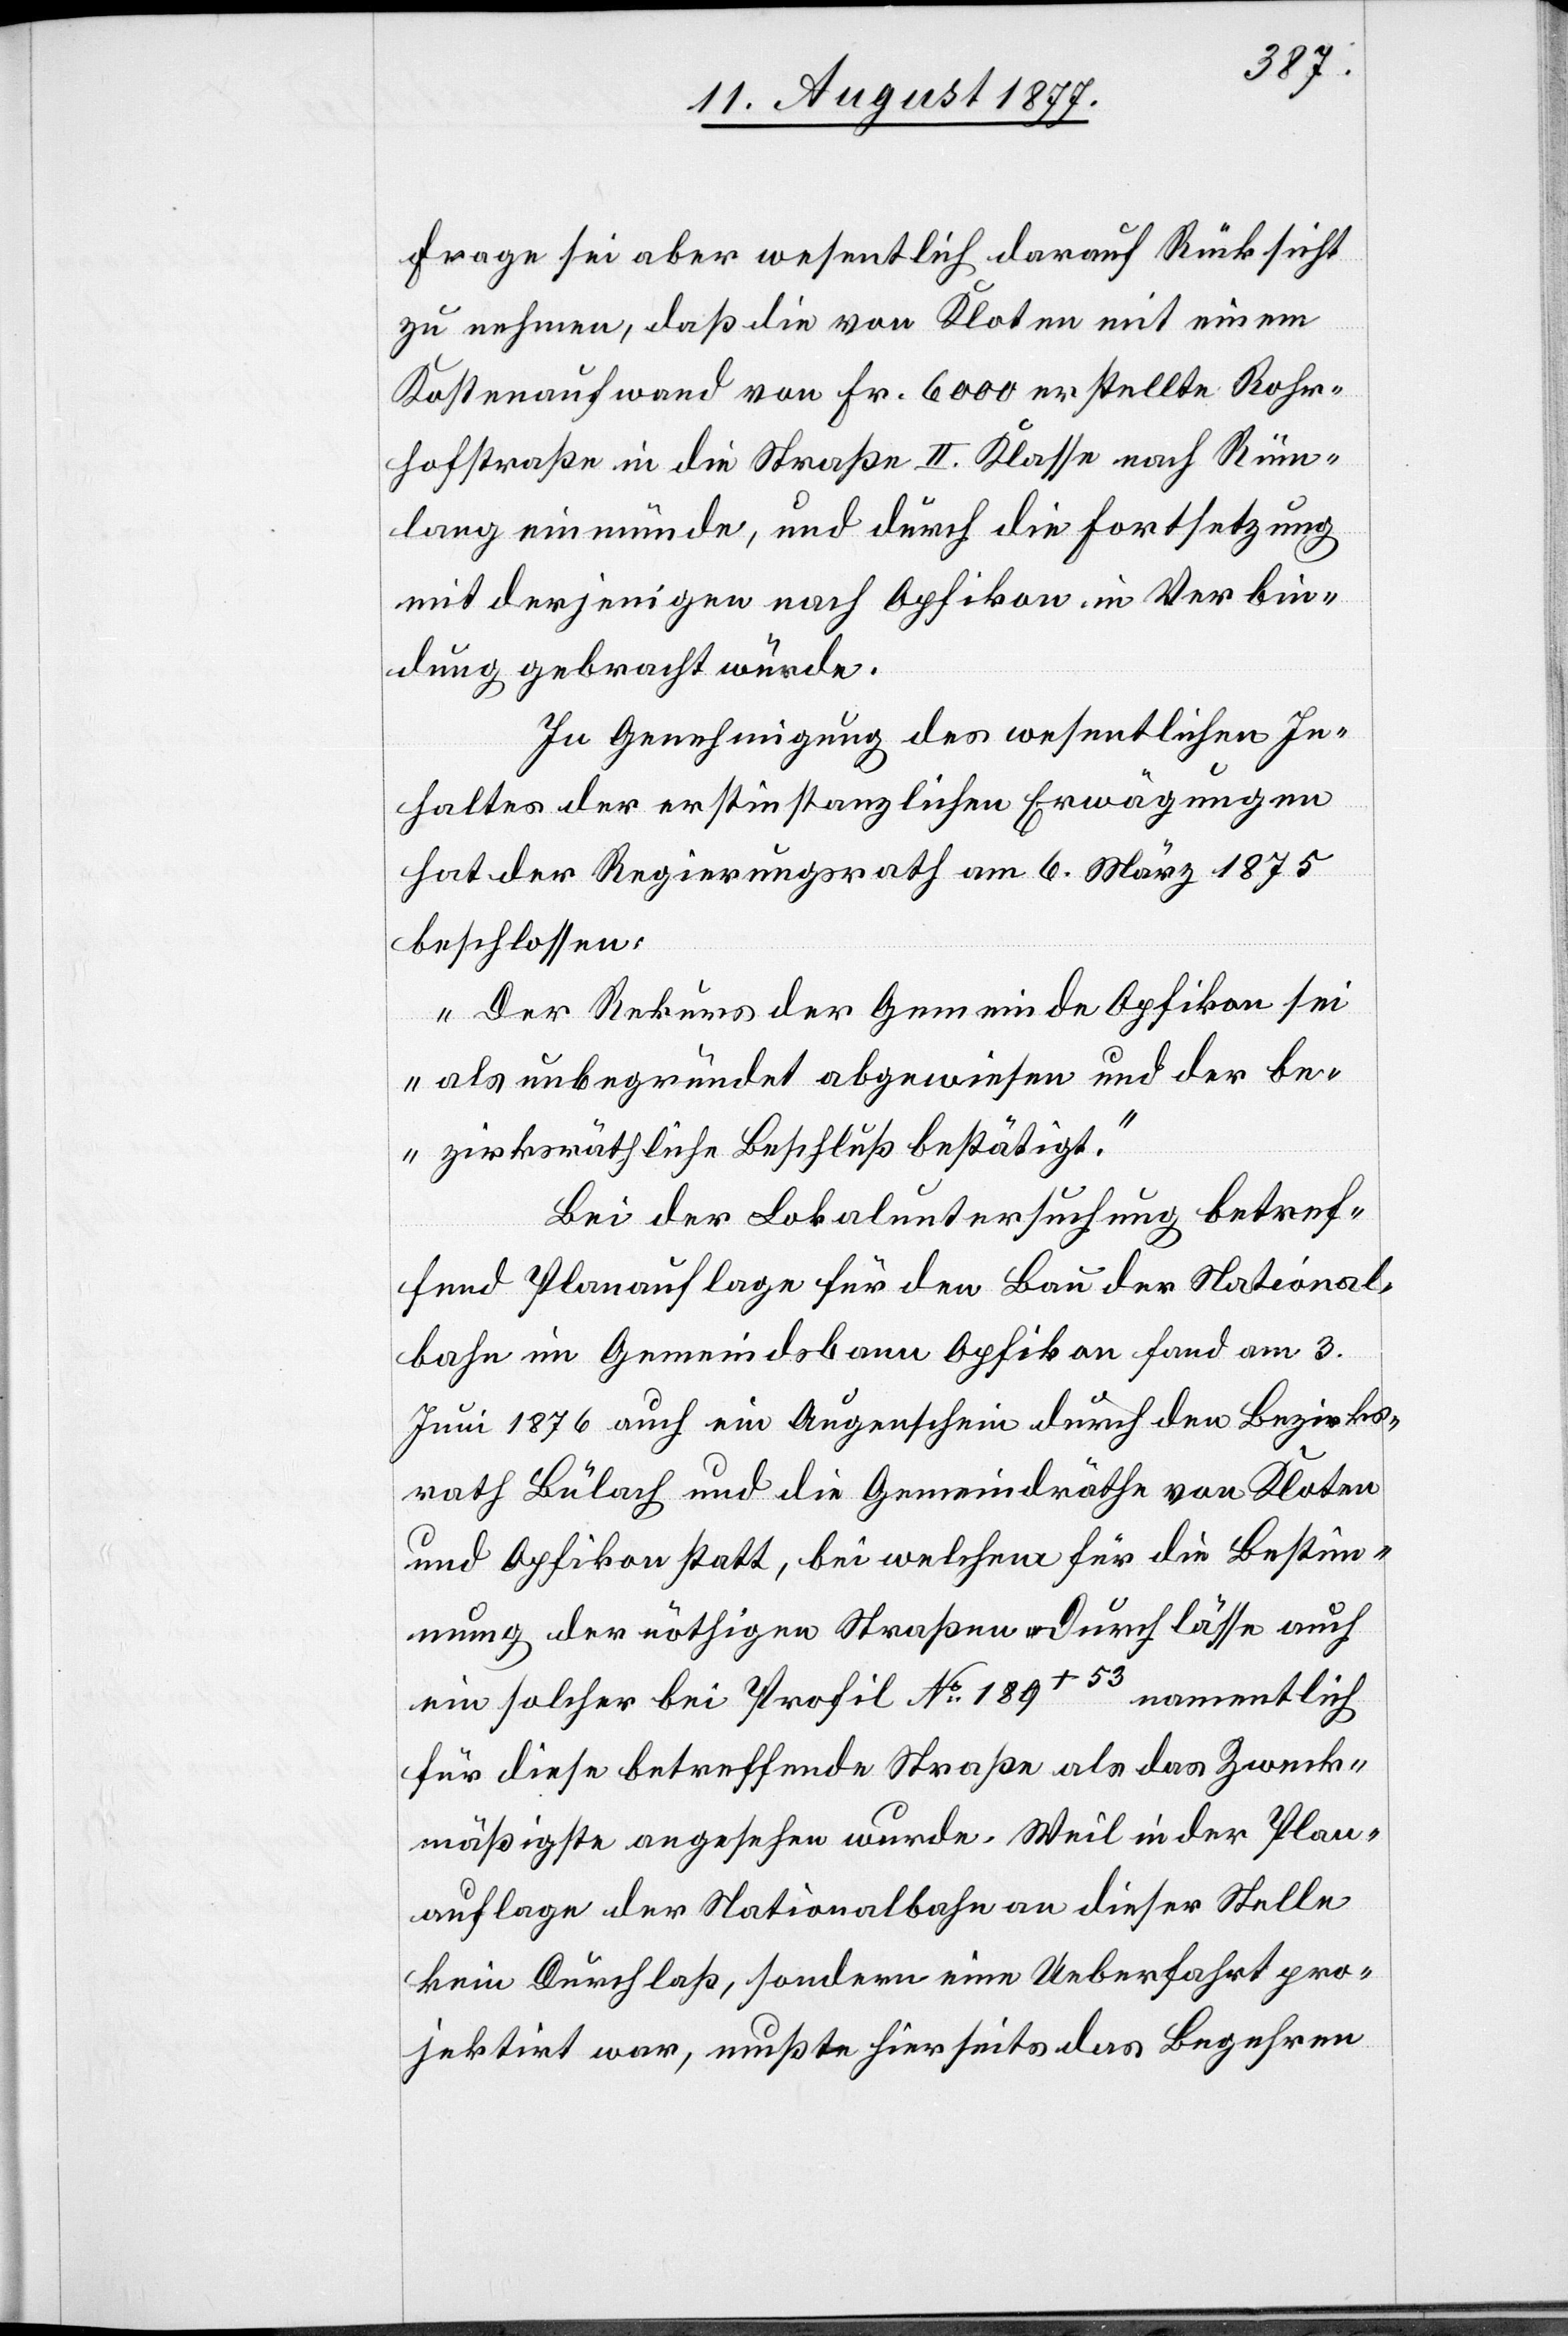
Frage sei aber wesentlich darauf Rücksicht
zu nehmen, daß die von Kloten mit einem
Kostenaufwand von Fr. 6000 erstellte Rohr¬
hofstraße in die Straße II. Klasse nach Rüm¬
lang einmünde, und durch die Fortsetzung
mit derjenigen nach Opfikon in Verbin¬
dung gebracht würde.
In Genehmigung des wesentlichen In¬
haltes der erstinstanzlichen Erwägungen
hat der Regierungsrath am 6. März 1875
beschlossen:
„Der Rekurs der Gemeinde Opfikon sei
als unbegründet abgewiesen und der be¬
zirksräthliche Beschluß bestätigt.“
Bei der Lokaluntersuchung betref¬
fend Planauflage für den Bau der National¬
bahn im Gemeindsbann Opfikon fand am 3.
Juni 1876 auch ein Augenschein durch den Bezirks¬
rath Bülach und die Gemeindräthe von Kloten
und Opfikon statt, bei welchem für die Bestimm¬
ung der nöthigen Straßen-Durchlässe auch
ein solcher bei Profil No 189+53 namentlich
für diese betreffende Straße als das Zweck¬
mäßigste angesehen wurde. Weil in der Plan¬
auflage der Nationalbahn an dieser Stelle
kein Durchlaß, sondern eine Ueberfahrt pro¬
jektirt war, mußte hierseits das Begehren